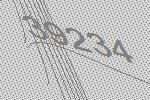
39234